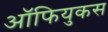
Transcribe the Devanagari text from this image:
ऑफियुकस